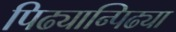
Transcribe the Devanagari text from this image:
पिढ्यान्पिढ्या